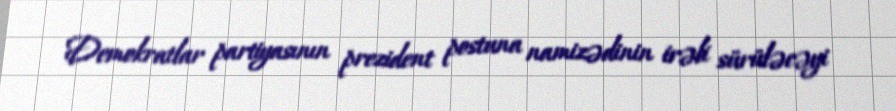
Demokratlar partiyasının prezident postuna namizədinin irəli sürüləcəyi